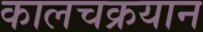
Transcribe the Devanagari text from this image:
कालचक्रयान